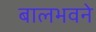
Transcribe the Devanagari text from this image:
बालभवने